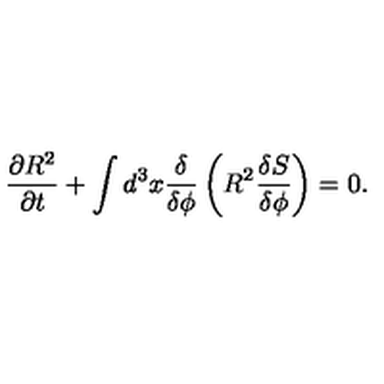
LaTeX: \frac { \partial R ^ { 2 } } { \partial t } + \int d ^ { 3 } x \frac { \delta } { \delta \phi } \left( R ^ { 2 } \frac { \delta S } { \delta \phi } \right) = 0 .